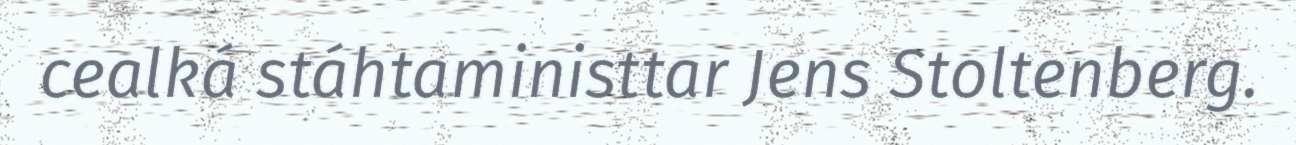
cealká stáhtaministtar Jens Stoltenberg.